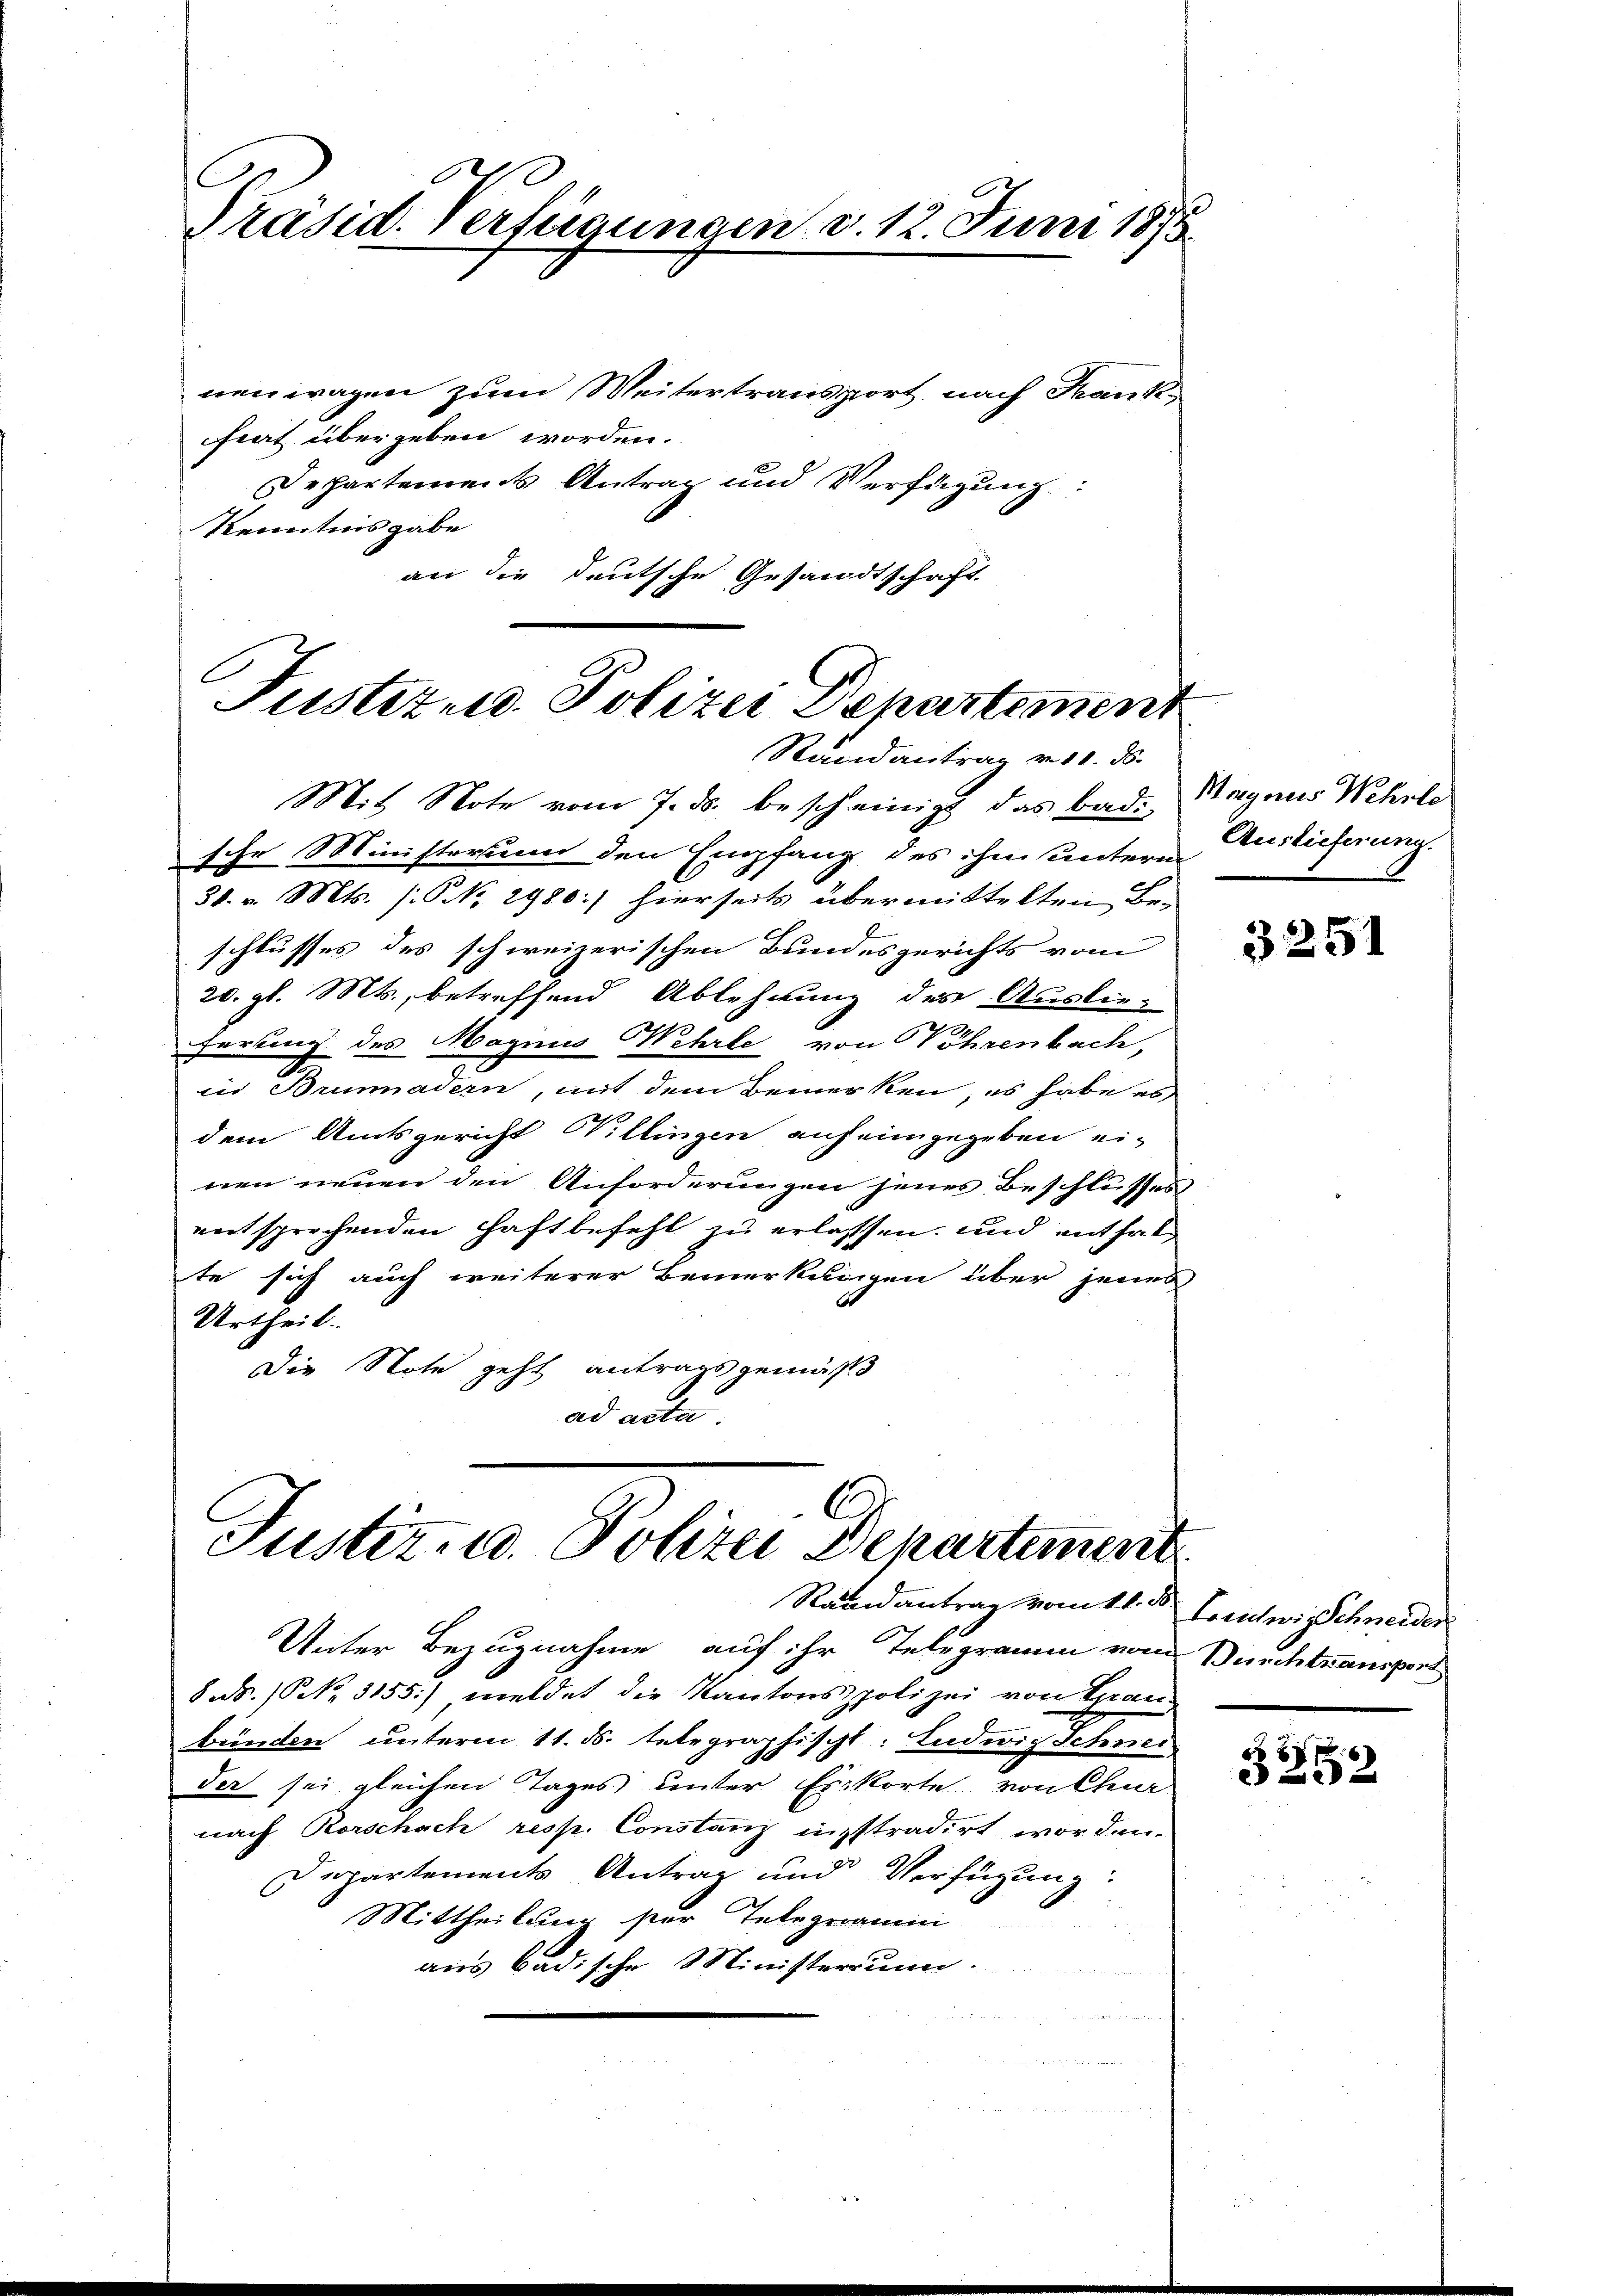
Präsid. Verfügungen d. 12. Juni 1875
nenwagen zum Weitertransport, nach Frankfiat übergeben worden.
Dechartement Antrag und Verfügung
Kenntnisgabe

an die deutsche Gesandtschaft.

l
Justitud. Polizei Departement
Randantrag von 1. ds.

Mit Note vom 7. ds. bescheinigt das Bad. Nagnus Wehrle
sche Ministerium den Empfang des ihm untern Auslieferung.
30. v. Mts. /:GNNo. 2980.) hierseits übermittelten Beschlusses des schweizerischen Bundesgerichts vom
20. gl. Mts., betreffend Ablehnung des Auslieferung des Magnus Wehrle von Vöhrenbach,
in Brunadern, mit dem Bemerken, es habe es
dem Amtsgericht Willingen auf eingegeben ei-
nen neuen den Anforderungen jenes Beschlusses
entsprechenden Haftbefehl zu erlassen, und enthalte sich auch weiterer Bemerkungen über jenes
Urtheil.
Die Note geht antragsgemäß
ad acta.

Justiz- u. Polizei Departement
Randantrag vom 11. d. J. entwi Schneider

Unter Bezugnahme auf ihr Telegramm vom Durchtransport
8 N. N. 3155) meldet die Kantonspolizei von Tran
bünden unterm 11. ds. telegraphischt: Ludwig Schnei
der sei gleichen Tages unter Erikorte von Cha-
nach Rorschach resp. Constanz insstradirt worden.
Departements Antrag und Verfügung:
Mittheilung ster Telegramm
aus Badische Ministerium.

3251

x
3252